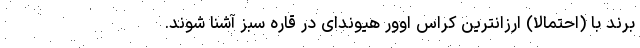
برند با (احتمالا) ارزانترین کراس اوور هیوندای در قاره سبز آشنا شوند.